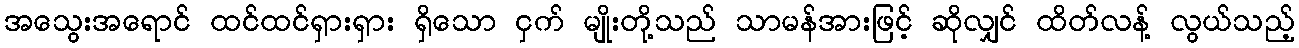
အသွေးအရောင် ထင်ထင်ရှားရှား ရှိသော ငှက် မျိုးတို့သည် သာမန်အားဖြင့် ဆိုလျှင် ထိတ်လန့် လွယ်သည့်